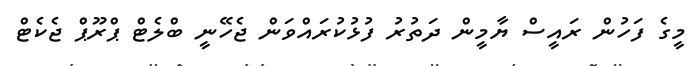
މީގެ ފަހުން ރައީސް ޔާމީން ދަތުރު ފުޅުކުރައްވަން ޖެހޭނީ ބްލެޓް ޕްރޫޕް ޖެކެޓް